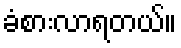
ခံစားလာရတယ်။